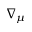
\nabla _ { \mu }